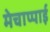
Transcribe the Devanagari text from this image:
मेचाप्पाई